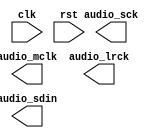
module menu_music(
    input clk, 
    input rst, 
    output audio_mclk, // master clock
    output audio_lrck, // left-right clock, Word Select clock, or sample rate clock
    output audio_sck, // serial clock
    output reg audio_sdin // serial audio data input
);

endmodule